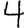
Digit: 4